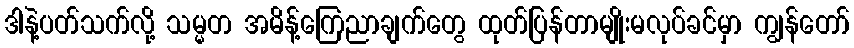
ဒါနဲ့ပတ်သက်လို့ သမ္မတ အမိန့်ကြေညာချက်တွေ ထုတ်ပြန်တာမျိုးမလုပ်ခင်မှာ ကျွန်တော်